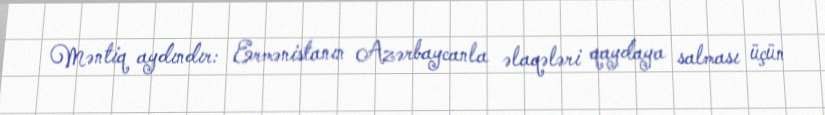
Məntiq aydındır: Ermənistanın Azərbaycanla əlaqələri qaydaya salması üçün